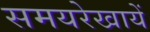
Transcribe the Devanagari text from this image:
समयरेखायें